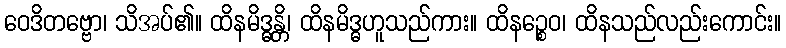
ဝေဒိတဗ္ဗော၊ သိအပ်၏။ ထိနမိဒ္ဓန္တိ၊ ထိနမိဒ္ဓဟူသည်ကား။ ထိနဉ္စေဝ၊ ထိနသည်လည်းကောင်း။